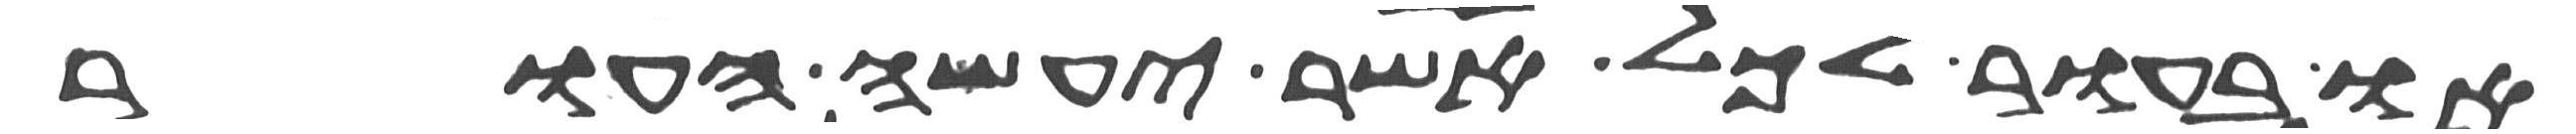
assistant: או בעור לכל אשר יעשה העור